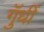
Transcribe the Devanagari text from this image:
गुॅधीं